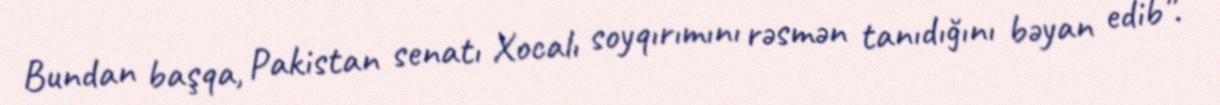
Bundan başqa, Pakistan senatı Xocalı soyqırımını rəsmən tanıdığını bəyan edib”.